Senior Leaving Certificate Examination (including Day School Certificate (Higher) General paper), 1946
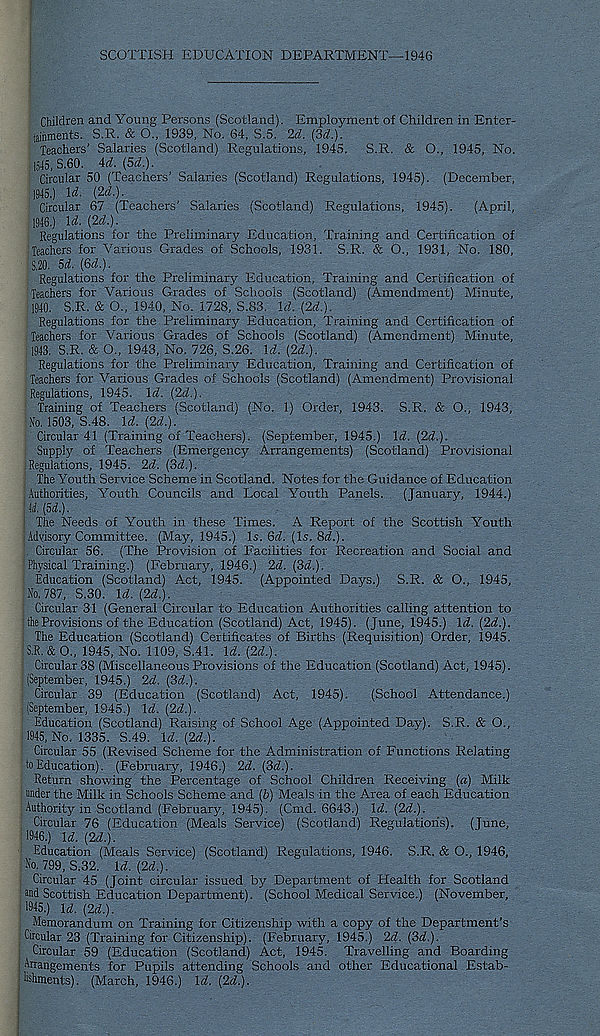
SCOTTISH EDUCATION DEPARTMENT—1946
Children and Young Persons (Scotland). Employment of Children in Enter-
iainments. S.R. & O., 1939, No. 64, S.5. 2d. {3d.).
Teachers' Salaries (Scotland) Regulations, 1945. S.R. Sc O., 1945, No.
1515,3.60. id. (5d.).
Circular 50 (Teachers’ Salaries (Scotland) Regulations, 1945). (December,
1945.
) U. {2d.).
Circular 67 (Teachers’ Salaries (Scotland) Regulations, 1945). (April,
1946.
) Id. {2d.).
Regulations for the Preliminary Education, Training and Certification of
Teachers for Various Grades of Schools, 1931. S.R. & 0., 1931, No. 180,
S.20. 5d. {3d.).
Regulations for the Preliminary Education, Training and Certification of
Teachers for Various Grades of Schools (Scotland) (Amendment) Minute,
1940. S.R. & O., 1940, No. 1728, S.83. \d. {2d.).
Regulations for the Preliminary Education, Training and Certification of
Teachers for Various Grades of Schools (Scotland) (Amendment) Minute,
1943. S.R. & O., 1943, No. 726, S.26. U. {2d.).
Regulations for the Preliminary Education, Training and Certification of
Teachers for Various Grades of Schools (Scotland) (Amendment) Provisional
Regulations, 1945. \d. {2d.).
Training of Teachers (Scotland) (No. 1) Order, 1943. S.R. & O., 1943,
Ho. 1503, S.48. Id. {2d.).
Circular 41 (Training of Teachers). (September, 1945.) Xd. {2d.).
Supply of Teachers (Emergency Arrangements) (Scotland) Provisional
Regulations, 1945. 2d. {3d.).
The Youth Service Scheme in Scotland. Notes for the Guidance of Education
Authorities, Youth Councils and Local Youth Panels. (January, 1944.)
M. {5d.).
The Needs of Youth in these Times. A Report of the Scottish Youth
Advisory Committee. (May, 1945.) Is. 6d. (Is. 8(L).
Circular 56. (The Provision of Facilities for Recreation and Social and
Physical Training.) (February, 1946.) 2d. {3d.).
Education (Scotland) Act, 1945. (Appointed Days.) S.R. & O., 1945,
ft. 787, S.30. Xd. {2d.).
Circular 31 (General Circular to Education Authorities calling attention to
the Provisions of the Education (Scotland) Act, 1945). (June, 1945.) Xd. {2d.).
The Education (Scotland) Certificates of Births (Requisition) Order, 1945.
S.R. & O., 1945, No. 1109, S.41. Xd. {2d.).
Circular 38 (Miscellaneous Provisions of the Education (Scotland) Act, 1945).
(September, 1945.) 2d. {3d.).
Circular 39 (Education (Scotland) Act, 1945). (School Attendance.)
(September, 1945.) Xd. {2d.).
Education (Scotland) Raising of School Age (Appointed Day). S.R. & O.,
1945, No. 1335. S.49. Xd. {2d.).
Circular 55 (Revised Scheme for the Administration of Functions Relating
to Education). (February, 1946.) 2d. {3d.).
Return showing the Percentage of School Children Receiving {a) Milk
under the Milk in Schools Scheme and (6) Meals in the Area of each Education
Authority in Scotland (February, 1945). (Cmd. 6643.) Xd. {2d.).
Circular 76 (Education (Meals Service) (Scotland) Regulations). (June,
1946.
) Xd. {2d.).
Education (Meals Service) (Scotland) Regulations, 1946. S.R. & O., 1946,
ft. 799, S.32. Xd. {2d.).
Circular 45 (Joint circular issued by Department of Health for Scotland
and Scottish Education Department). (School Medical Service.) (November,
1945.) Xd. {2d.).
Memorandum on Training for Citizenship with a copy of the Department’s
Circular 23 (Training for Citizenship). (February, 1945.) 2d. {3d.).
Circular 59 (Education (Scotland) Act, 1945. Travelling and Boarding
Arrangements for Pupils attending Schools and other Educational Estab-
lishments). (March, 1946.) Xd. {2d.).